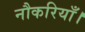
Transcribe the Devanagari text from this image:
नौकरियाँ।